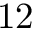
1 2